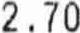
2.70